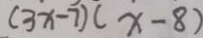
( 3 x - 7 ) ( x - 8 )